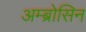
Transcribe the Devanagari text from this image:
अम्ब्रोसिन